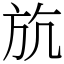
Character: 斻